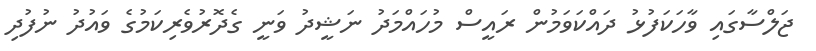
ޖަލްސާގައި ވާހަކަފުޅު ދައްކަވަމުން ރައީސް މުހައްމަދު ނަޝީދު ވަނީ ގެދޮރުވެރިކަމުގެ ވައުދު ނުފުދި